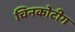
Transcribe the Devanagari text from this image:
चिनकोटीग